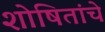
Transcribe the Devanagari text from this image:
शोषितांचे